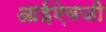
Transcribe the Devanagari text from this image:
आईऐवजी